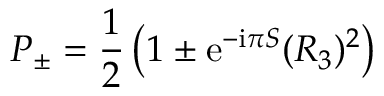
{ \cal P } _ { \pm } = \frac { 1 } { 2 } \left( 1 \pm { \mathrm e } ^ { - { \mathrm i } \pi S } ( { \cal R } _ { 3 } ) ^ { 2 } \right)